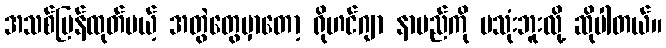
အသစ်ပြန်ထုတ်မယ့် အတွဲတွေမှာတော့ ရိုဟင်ဂျာ နာမည်ကို မသုံးဘူးလို့ ဆိုပါတယ်။